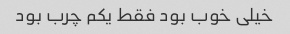
خیلی خوب بود فقط یکم چرب بود